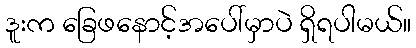
ဒူးက ခြေဖနောင့်အပေါ်မှာပဲ ရှိရပါမယ်။